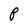
Character: P